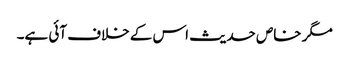
مگر خاص حدیث اس کے خلاف آئی ہے۔